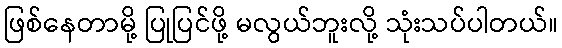
ဖြစ်နေတာမို့ ပြုပြင်ဖို့ မလွယ်ဘူးလို့ သုံးသပ်ပါတယ်။